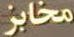
مخابز